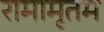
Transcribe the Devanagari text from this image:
रामामृतम